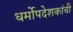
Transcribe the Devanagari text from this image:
धर्मोपदेशकांची